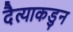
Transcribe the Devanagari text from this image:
दैत्याकडुन